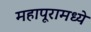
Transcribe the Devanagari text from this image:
महापूरामध्ये